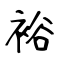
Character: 裕